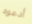
أدعوه